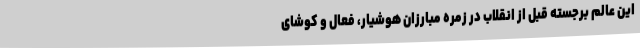
این عالم برجسته قبل از انقلاب در زمره مبارزان هوشیار، فعال و کوشای